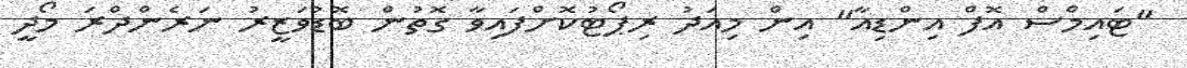
"ޓައިމްސް އޮފް އިންޑިއާ" އިން މިއަދު ރިޕޯޓުކޮށްފައިވާ ގޮތުން ބޮޑުވަޒީރު ނަރެންދްރަ މޯދީ